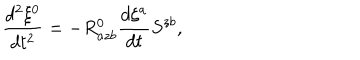
\frac { d ^ { 2 } \xi ^ { 0 } } { d t ^ { 2 } } = - R _ { a z b } ^ { 0 } \frac { d \xi ^ { a } } { d t } S ^ { z b } ,